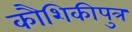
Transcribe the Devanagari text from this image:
कौशिकीपुत्र